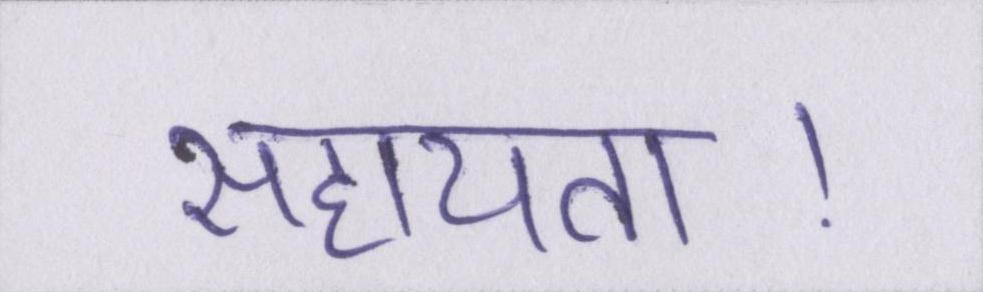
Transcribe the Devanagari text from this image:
सहायता।